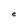
Character: e